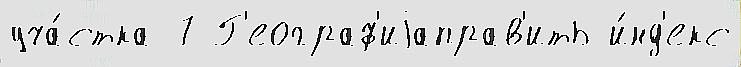
уча́стка 7 Г'еограф'иjаправ'ить и́нд'екс